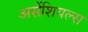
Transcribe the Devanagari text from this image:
असेंशियल्स